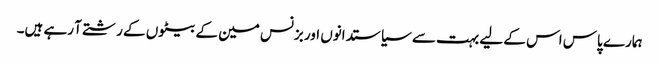
ہمارے پاس اس کے لیے بہت سے سیاستدانوں اور بزنس مین کے بیٹوں کے رشتے آ رہے ہیں۔